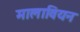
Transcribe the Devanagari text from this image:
मालावियन